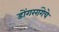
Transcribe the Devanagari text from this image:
डोंगररांगेचे